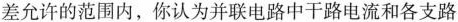
差允许的范围内，你认为并联电路中干路电流和各支路